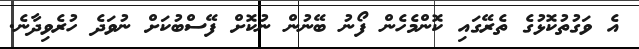
އެ ވަގުތުކޮޅުގެ ތެރޭގައި ކޮންމެހެން ފޯނު ބޭނުން ނުކޮށް ފޭސްބުކަށް ނުވަދެ ހުރެވިދާނެ.